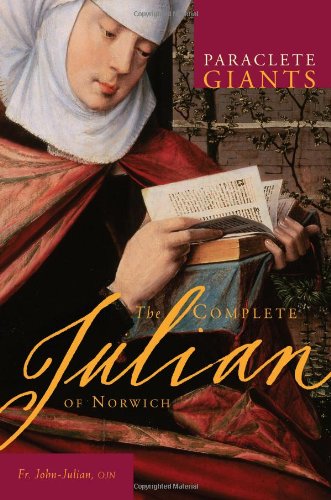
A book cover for The Complete Julian of Norwich (Paraclete Giants); Father John Julian OJN; Christian Books & Bibles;